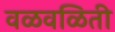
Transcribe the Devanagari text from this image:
वळवळिती